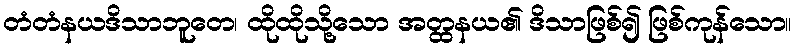
တံတံနယဒိသာဘူတေ၊ ထိုထိုသို့သော အတ္ထနယ၏ ဒိသာဖြစ်၍ ဖြစ်ကုန်သော။